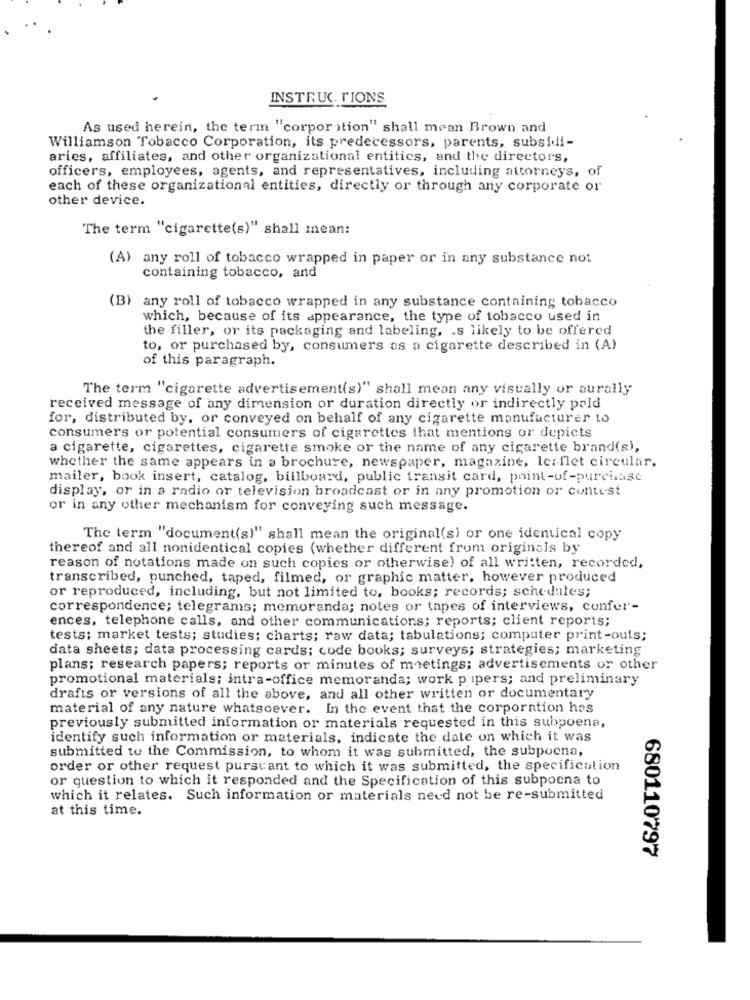
INSTRUCTIONS
As used herein, the term "corporation" shall mean Brown and
Williamson Tobacco Corporation, its predecessors, parents, subsidi-
aries, affiliates, and other organizational entitics, and the directors,
officers, employees, agents, and representatives, including attorneys, of
each of these organizational entities, directly or through any corporate or
other device.
The term "cigarette(s)" shall mean:
(A) any roll of tobacco wrapped in paper or in any substance not
containing tobacco, and
(B) any roll of tobacco wrapped in any substance containing tobacco
which, because of its appearance, the type of tobacco used in
the filler, or its packaging and labeling, . s likely to be offered
to, or purchased by, consumers as a cigarette described in (A)
of this paragraph.
The term "cigarette advertisement(s)" shall mean any visually or aurally
received message of any dimension or duration directly or indirectly paid
for, distributed by, or conveyed on behalf of any cigarette manufacturer to
consumers or potential consumers of cigarettes that mentions or depicts
a cigarette, cigarettes, cigarette smoke or the name of any cigarette brand(s),
whether the same appears in a brochure, newspaper, magazine, Ic:flet circular,
mailer, book insert, catalog, billboard, public transit card, point-of-purchase
display, or in a radio or television broadcast or in any promotion or contest
or in any other mechanism for conveying such message.
The term "document(s)" shall mean the original(s) or one identical copy
thereof and all nonidentical copies (whether different from originals by
reason of notations made on such copies or otherwise) of all written, recorded,
transcribed, punched, taped, filmed, or graphic matter, however produced
or reproduced, including, but not limited to, books; records; schedules;
correspondence; telegrams; memoranda; notes or tapes of interviews, confer-
ences, telephone calls, and other communications; reports; client reports;
tests; market tests; studies; charts; raw data; tabulations; computer print-outs;
data sheets; data processing cards; code books; surveys; strategies; marketing
plans; research papers; reports or minutes of meetings; advertisements or other
promotional materials; intra-office memoranda; work pipers; and preliminary
drafts or versions of all the above, and all other written or documentary
material of any nature whatsoever. In the event that the corporation has
previously submitted information or materials requested in this subpoena,
identify such information or materials, indicate the date on which it was
submitted to the Commission, to whom it was submitted, the subpoena,
order or other request pursuant to which it was submitted, the specification
or question to which it responded and the Specification of this subpoena to
which it relates. Such information or materials need not be re-submitted
at this time.
680110797